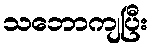
သဘောကျပြီး